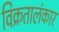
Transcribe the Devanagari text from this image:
विक्रतालंकार